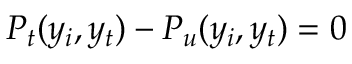
P _ { t } ( y _ { i } , y _ { t } ) - P _ { u } ( y _ { i } , y _ { t } ) = 0